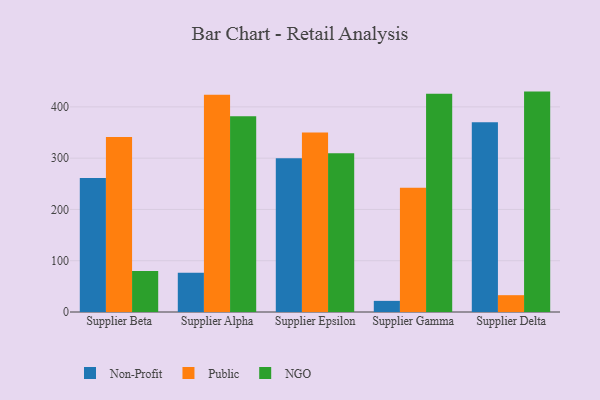
{"axis": {"x": "Supplier", "y": "Headcount"}, "legend": ["NGO", "Non-Profit", "Public"], "data": [{"x": "Supplier Beta", "y": 261.2, "type": "Non-Profit"}, {"x": "Supplier Beta", "y": 341.3, "type": "Public"}, {"x": "Supplier Beta", "y": 79.8, "type": "NGO"}, {"x": "Supplier Alpha", "y": 76.6, "type": "Non-Profit"}, {"x": "Supplier Alpha", "y": 423.9, "type": "Public"}, {"x": "Supplier Alpha", "y": 381.7, "type": "NGO"}, {"x": "Supplier Epsilon", "y": 300.0, "type": "Non-Profit"}, {"x": "Supplier Epsilon", "y": 350.1, "type": "Public"}, {"x": "Supplier Epsilon", "y": 309.6, "type": "NGO"}, {"x": "Supplier Gamma", "y": 21.7, "type": "Non-Profit"}, {"x": "Supplier Gamma", "y": 242.2, "type": "Public"}, {"x": "Supplier Gamma", "y": 425.5, "type": "NGO"}, {"x": "Supplier Delta", "y": 369.9, "type": "Non-Profit"}, {"x": "Supplier Delta", "y": 32.8, "type": "Public"}, {"x": "Supplier Delta", "y": 429.8, "type": "NGO"}]}